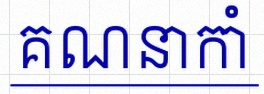
គណនាកាំ